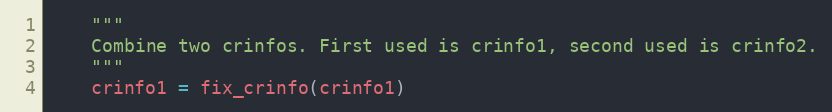
Language: Python
    """
    Combine two crinfos. First used is crinfo1, second used is crinfo2.
    """
    crinfo1 = fix_crinfo(crinfo1)